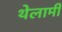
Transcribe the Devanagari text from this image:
थेलामी